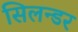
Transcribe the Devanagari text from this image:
सिलन्डर